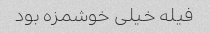
فیله خیلی خوشمزه بود